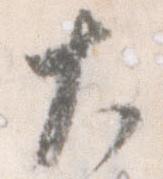
大